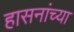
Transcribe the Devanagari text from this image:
हासनांच्या